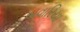
બવારિયા